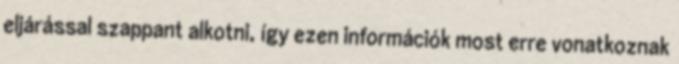
eljárással szappant alkotni, így ezen információk most erre vonatkoznak